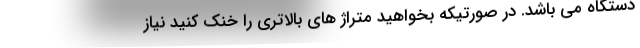
دستگاه می باشد. در صورتیکه بخواهید متراژ های بالاتری را خنک کنید نیاز